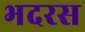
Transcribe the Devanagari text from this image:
भदरस